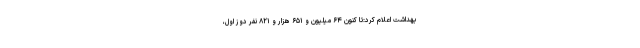
بهداشت اعلام کرد:‌تا کنون ۶۴ میلیون و ۶۵۱ هزار و ۸۲۱ نفر دوز اول،